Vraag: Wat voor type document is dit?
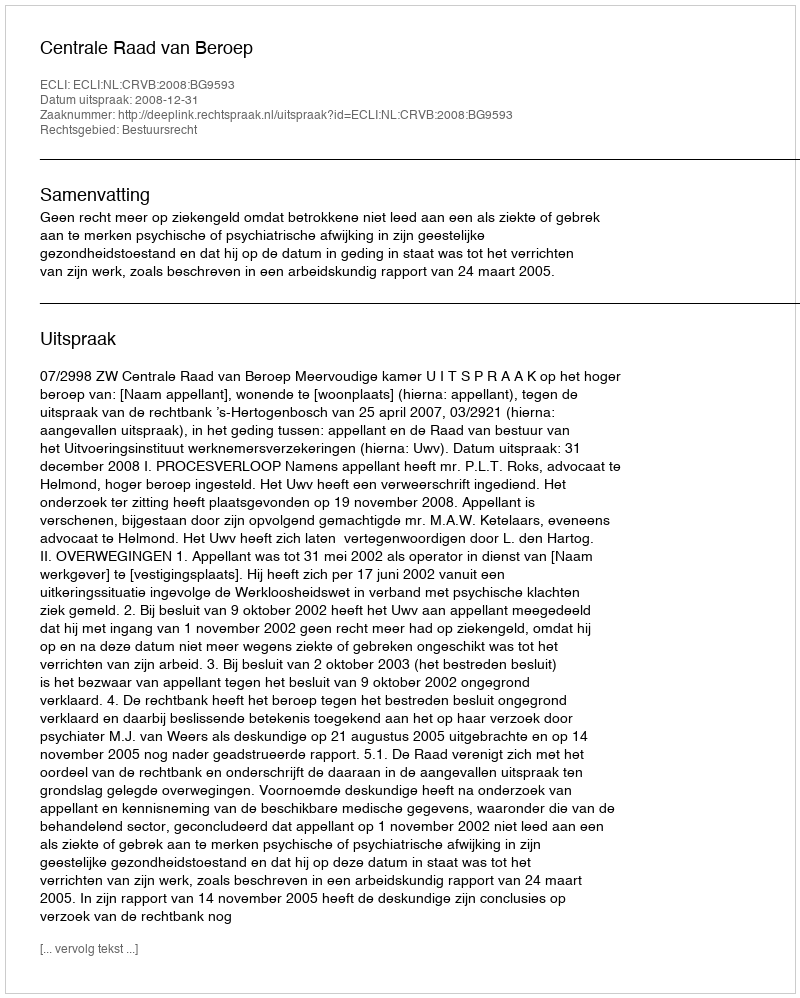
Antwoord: Uitspraak